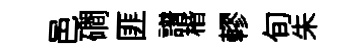
邑磵匪譜楷轇旬朱